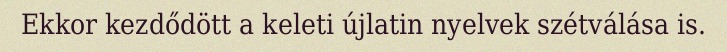
Ekkor kezdődött a keleti újlatin nyelvek szétválása is.